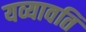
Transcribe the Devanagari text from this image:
यव्यावति